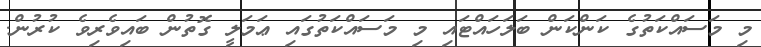
މި މަސައްކަތުގެ ކަންކަން ބަލަހައްޓައި މި މަސައްކަތުގައި ޢަމަލީ ގޮތުން ބައިވެރިވެ ކުރުން.